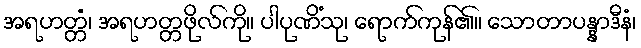
အရဟတ္တံ၊ အရဟတ္တဖိုလ်ကို။ ပါပုဏိံသု၊ ရောက်ကုန်၏။ သောတာပန္နာဒီနံ၊